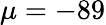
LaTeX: \mu=-89